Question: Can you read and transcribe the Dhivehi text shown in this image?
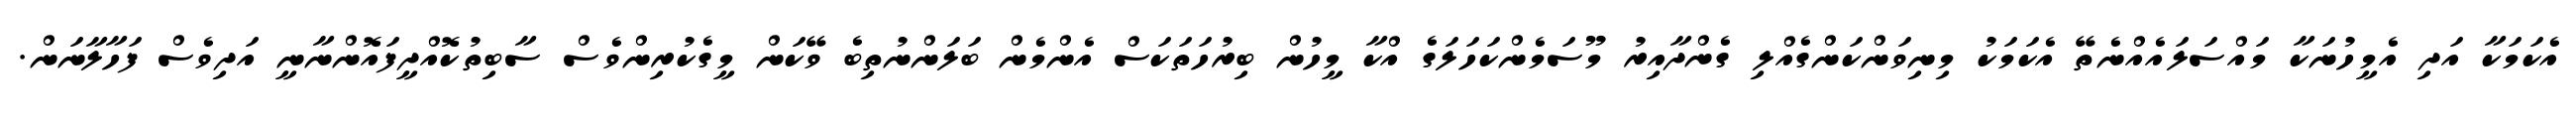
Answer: އެކަމަކާ އަދި އެމީހުނަކާ މައްސަލައެއްނެތޭ އެކަމަކު މިނިވަންކަންގެއްލި ގެންދާއިރު މޫސަމެންކަހަލަގެ އްކާ މީހުން ބިރުހަތަކަސް އެންމެން ބަލަންނުތިބެ ވޭކަން މީގެކުރިންވެސް ސާބިތުކޮއްދީފައޮންނާނީ އަދިވެސް ފަހާލާނަން.